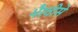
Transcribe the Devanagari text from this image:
भैरवीसे